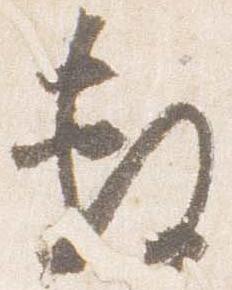
敷